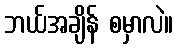
ဘယ်အချိန် စမှာလဲ။